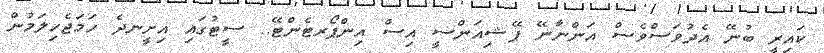
ކައިރީ ބުނޭ އެދުވަސްވެސް އަންނާނޭ ޕޭޝިއަންސީ އިސް އިންޕޯރޓެންޓޭ.. ސީޓުގައި އިށީނދެ ހަމަޖެހިލަމުން